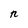
Character: n